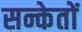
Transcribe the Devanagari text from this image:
सन्केतों